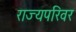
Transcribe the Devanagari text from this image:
राज्यपरिवर